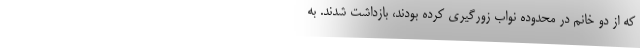
که از دو خانم در محدوده نواب زورگیری کرده بودند، بازداشت شدند. به